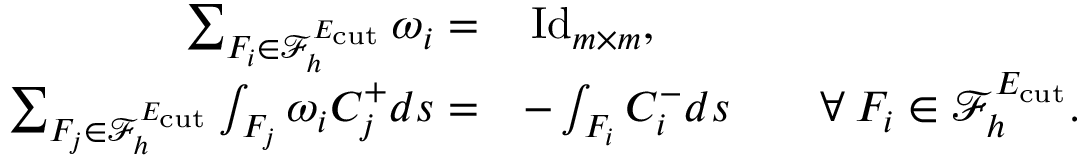
\begin{array} { r l } { \sum _ { F _ { i } \in \mathcal { F } _ { h } ^ { E _ { \mathrm { c u t } } } } \omega _ { i } = } & { \, \mathrm { I d } _ { m \times m } , } \\ { \sum _ { F _ { j } \in \mathcal { F } _ { h } ^ { E _ { \mathrm { c u t } } } } \int _ { F _ { j } } \omega _ { i } C _ { j } ^ { + } d s = } & { - \int _ { F _ { i } } C _ { i } ^ { - } d s \qquad \forall \: F _ { i } \in \mathcal { F } _ { h } ^ { E _ { \mathrm { c u t } } } . } \end{array}